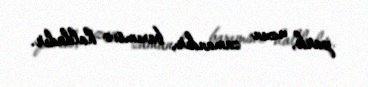
park, uzun zamandır, baxımsız haldadır.